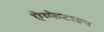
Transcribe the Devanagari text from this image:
ऐम्फेटाइन